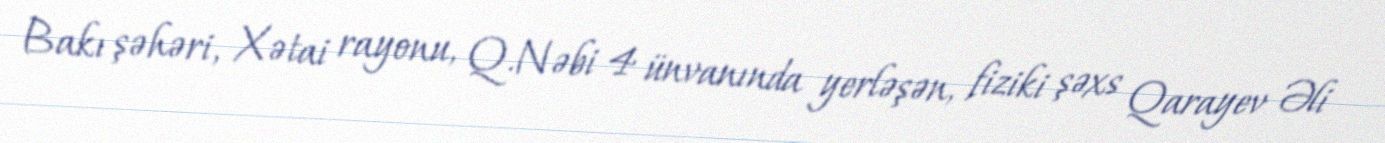
Bakı şəhəri, Xətai rayonu, Q.Nəbi 4 ünvanında yerləşən, fiziki şəxs Qarayev Əli